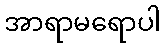
အာရာမရောပါ